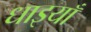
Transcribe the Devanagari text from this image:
धाइयाँ